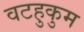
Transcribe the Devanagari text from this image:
वटहुकुम